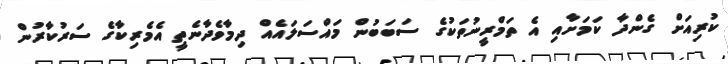
ކުރިއަށް ގެންދާ ކަމަށާއި އެ ތަމްރީނުތަކުގެ ސަބަބުން މައްސަލައެއް ދިމާވެދާނެތީ އެމެރިކާގެ ސަރުކާރުން